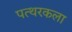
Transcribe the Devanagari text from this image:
पत्थरकला